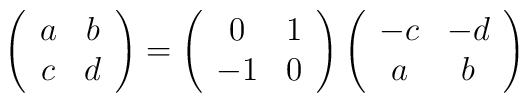
\left(\begin{array}{cc}a & b\\c & d\\ \end{array}\right) = \left(\begin{array}{cc} 0 & 1 \\ -1 & 0\\ \end{array}\right)\left(\begin{array}{cc} -c & -d \\ a & b\\ \end{array}\right)